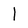
Character: 1